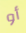
أو